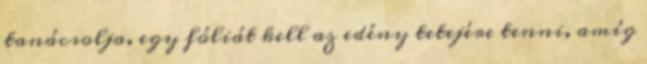
tanácsolja, egy fóliát kell az edény tetejére tenni, amíg